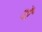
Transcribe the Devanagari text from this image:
थौ